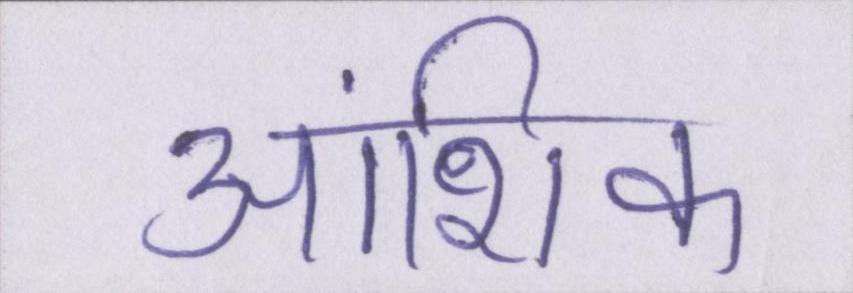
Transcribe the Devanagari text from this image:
आंशिक